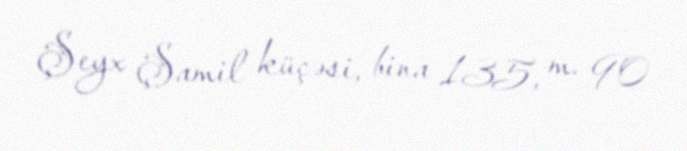
Şeyx Şamil küçəsi, bina 135, m. 90